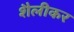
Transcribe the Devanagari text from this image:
शैलीकर